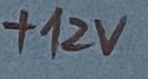
Text: +12V